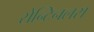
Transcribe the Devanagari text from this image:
सेन्टिनलस